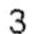
3